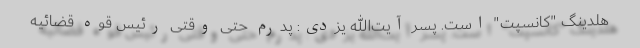
هلدینگ "کانسپت" است. پسر آیت‌الله یزدی: پدرم حتی وقتی رئیس قوه قضائیه